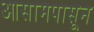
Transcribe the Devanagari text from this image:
आसामपासून